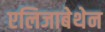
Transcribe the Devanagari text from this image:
एलिजाबेथेन